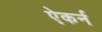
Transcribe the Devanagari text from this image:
ऐकर्न